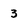
Character: 3